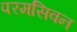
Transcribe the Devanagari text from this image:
परमसिवन